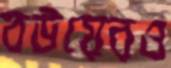
বউয়েরও